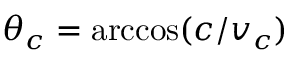
\theta _ { c } = \operatorname { a r c c o s } ( c / v _ { c } )